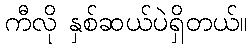
ကီလို နှစ်ဆယ်ပဲရှိတယ်။